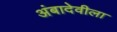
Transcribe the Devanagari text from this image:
अंबादेवीला